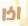
اذا